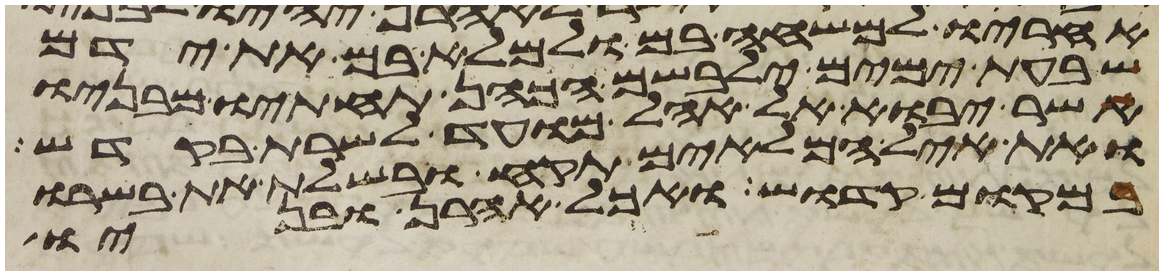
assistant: אחריו למשחה בם ולמלא בם את ידם
שבעת ימים ילבשם הכהן תחתיו מבניו
אשר יבוא אל אהל מועד לשרת בקדש
ואת איל המלאים תקח ובשלת את בשרו
במקום קדוש ואכל אהרן ובניו